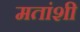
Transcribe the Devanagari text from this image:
मतांशी